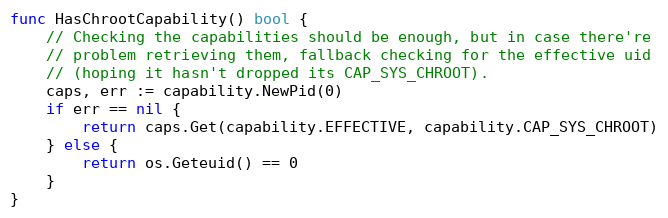
Language: Go
func HasChrootCapability() bool {
	// Checking the capabilities should be enough, but in case there're
	// problem retrieving them, fallback checking for the effective uid
	// (hoping it hasn't dropped its CAP_SYS_CHROOT).
	caps, err := capability.NewPid(0)
	if err == nil {
		return caps.Get(capability.EFFECTIVE, capability.CAP_SYS_CHROOT)
	} else {
		return os.Geteuid() == 0
	}
}